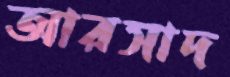
আরসাদ